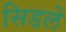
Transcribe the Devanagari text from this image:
सिडले